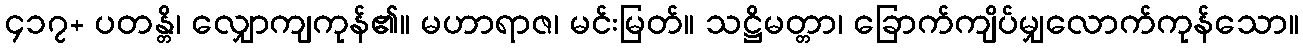
၄၁၇+ ပတန္တိ၊ လျှောကျကုန်၏။ မဟာရာဇ၊ မင်းမြတ်။ သဋ္ဌိမတ္တာ၊ ခြောက်ကျိပ်မျှလောက်ကုန်သော။